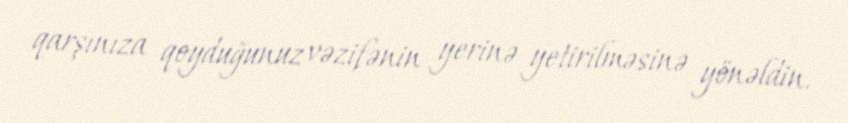
qarşınıza qoyduğunuz vəzifənin yerinə yetirilməsinə yönəldin.